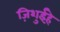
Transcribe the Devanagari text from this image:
ज़िशुईहे